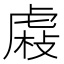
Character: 𧇆